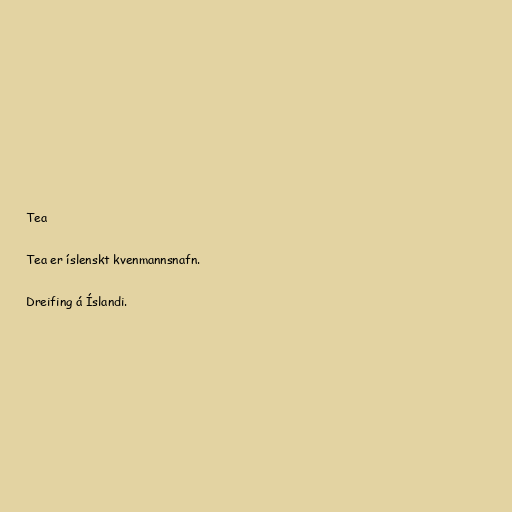
Tea

Tea er íslenskt kvenmannsnafn.

Dreifing á Íslandi.